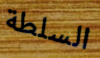
السلطة